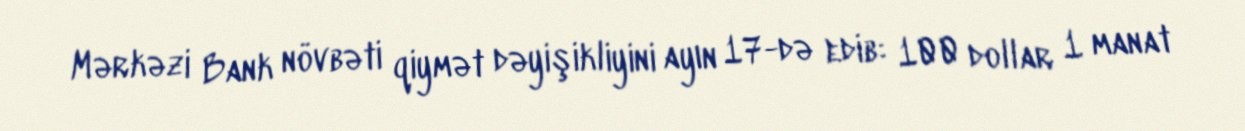
Mərkəzi Bank növbəti qiymət dəyişikliyini ayın 17-də edib: 100 dollar 1 manat